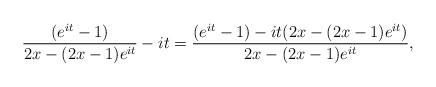
LaTeX: \begin{align*}\frac{(e^{it}-1)}{2x-(2x-1)e^{it}}- it&=\frac{(e^{it}-1)-it(2x-(2x-1)e^{it})}{2x-(2x-1)e^{it}}, \end{align*}